system: You are a helpful assistant.
user:
Analyze the provided spectrum to determine if it is a **White Dwarf (WD)**.

A White Dwarf spectrum is defined by its **extreme purity** (due to gravitational settling) and/or **extreme pressure broadening** (due to high surface gravity). You must check for one of the following mutually exclusive signatures:

- **Key Visual Indicators (Check for ONE of these types):**

    - **1. DA-Type Signature (Most Common):**
        - **(Primary Feature):** Extreme pressure broadening (Stark broadening) of the **Hydrogen (H) Balmer lines**.
        - **(Key Lines):** $H\beta$ (approx. $4861$ Å) and $H\gamma$ (approx. $4340$ Å). $H\alpha$ (approx. $6563$ Å) will also be present if the wavelength range covers it.
        - **(Line Profile):** This is the **defining feature**. The lines are **NOT** sharp. They appear as massive, **extremely broad and deep "troughs" or "dips"** in the spectrum, often hundreds of Ångströms wide. The continuum will appear to "scoop" down at these wavelengths.
        - **(Distinction):** Normal A-type or B-type stars have *narrow* and *sharp* Hydrogen lines. A DA White Dwarf's lines are unmistakably "smeared" or "blurry" from pressure.

    - **2. DB-Type Signature:**
        - **(Primary Feature):** Broad absorption lines from **Neutral Helium (He I)**. The spectrum must lack any visible Hydrogen lines.
        - **(Key Lines):** Look for broad absorption near $4471$ Å, $4921$ Å, and $5876$ Å.
        - **(Line Profile):** These lines are also significantly pressure-broadened, appearing much wider than they would in a normal B-type main-sequence star.

    - **3. DC-Type Signature:**
        - **(Primary Feature):** A **featureless continuous spectrum**.
        - **(Line Profile):** The spectrum is a smooth curve with **no significant absorption or emission lines**.
        - **(Key Confirmation):** The continuum is almost always **blue or white**, indicating a hot object. This signature implies the atmosphere is so pure (or so cool) that no spectral lines are visible in the optical range. Its WD identity is confirmed by its extremely low intrinsic brightness (high absolute magnitude).

    - **4. DZ-Type Signature (Metal-Polluted):**
        - **(Primary Feature):** **Isolated, narrow metal absorption lines** on an otherwise featureless (DC-like) continuum.
        - **(Key Lines):** The **Calcium (Ca II) H & K doublet** (approx. **$3934$ Å** and **$3968$ Å**) is the most common and defining feature.
        - **(Line Profile):** These lines are "out of place." They are *not* part of a "forest" of thousands of lines. This signature is evidence of recent *accretion* (pollution) from rocky debris.
        - **(Distinction):** Normal G/K/M stars have a *dense forest* of thousands of metal lines. A DZ has a *clean* continuum with *only a few* strong metal lines.

    - **5. DQ-Type Signature (Carbon-Polluted):**
        - **(Primary Feature):** Absorption bands from **Carbon (C₂ "Swan Bands" or atomic C I)**.
        - **(Key Lines - C₂):** Look for bandheads with a "saw-tooth" shape near $5635$ Å, **$5165$ Å** (strongest), and $4737$ Å.
        - **(Key Confirmation):** The underlying **continuum must be blue or white** (hot).
        - **(Distinction):** This is the critical difference from a **Carbon Star**, which has the *exact same* C₂ bands but on an extremely **red, cool** continuum.

- **(Overall Spectrum):**
    - The continuum (overall shape) is typically **blue-sloping** (brighter in the blue than the red), as most white dwarfs are very hot.
    - The spectrum will look "pure" or "simple," dominated by only *one* of the five signatures listed above.

Think first, call **spectral_visualization_tool** if needed to examine features in detail, then provide your final answer. Your response must adhere to the following strict rules:
1.  **Overall Structure:** Your response must follow the format `<think>...</think> <tool_call>...</tool_call> (if a tool is used) <answer>...</answer>`.
2.  **Tool Usage Constraint:** You may only make **one** tool call per turn.
3.  **Final Answer Format:** In the `<answer>` tag, your conclusion must be inside a `\boxed{}` command (e.g., `\boxed{YES}` or `\boxed{NO}`), followed by your justification.

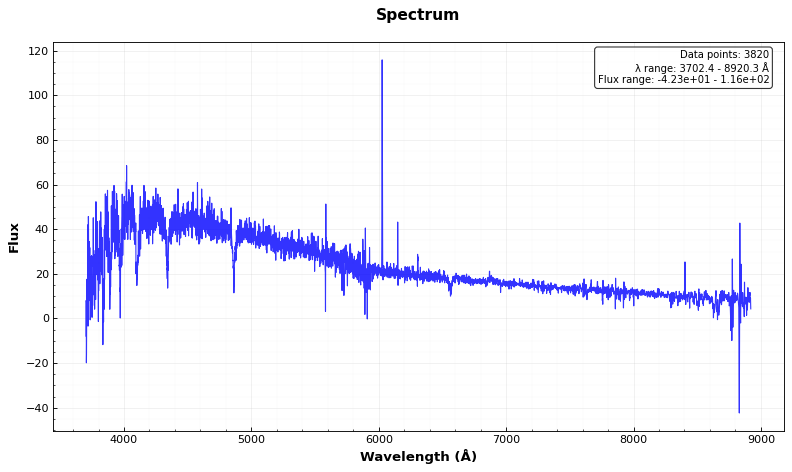
Answer: NO